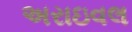
અરાઇવલ